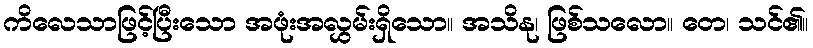
ကိလေသာဖြင့်ပြီးသော အဖုံးအလွှမ်းရှိသော။ အသိနု၊ ဖြစ်သလော။ တေ၊ သင်၏။